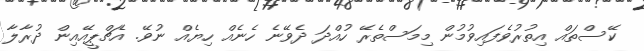
ކޭސްތައް އިތުރުވެފައިވުމުން މިމަސްތެރޭ ހުއްދަ ދެވޭނެ ހެނެއް ހިޔެއް ނުވޭ. އެޗްޕީއޭއިން ދުރާލާ